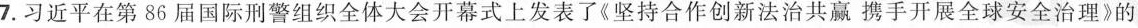
7.习近平在第86届国际刑警组织全体大会开幕式上发表了《坚持合作创新法治共赢携手开展全球安全治理》的